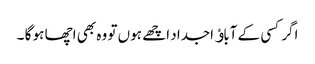
اگر کسی کے آباﺅ اجداد اچھے ہوں تو وہ بھی اچھا ہو گا ۔